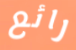
رائع